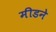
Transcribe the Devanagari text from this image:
मीडने